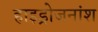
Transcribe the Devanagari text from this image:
हाइड्रोजनांश